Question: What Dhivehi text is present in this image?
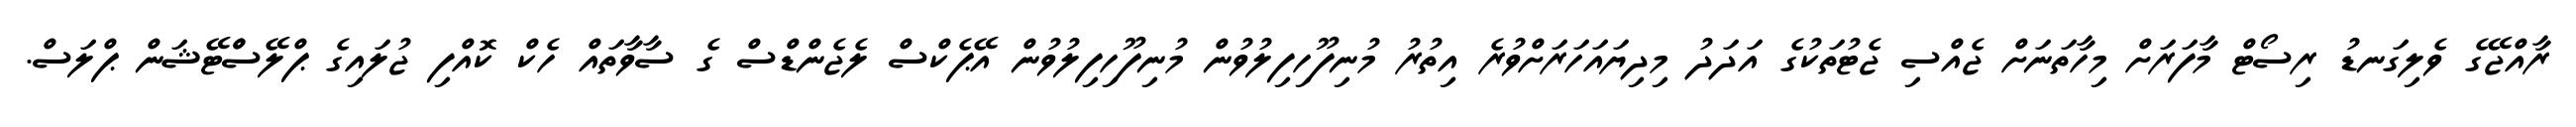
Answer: ރާއްޖޭގެ ވެލިގަނޑު ރިސޯޓް މާފަރަށް މިހާތަނަށް ޖެއްސި ޖެޓުތަކުގެ އަދަދު މިދިޔައަހަރަށްވުރެ އިތުރު މުނިފޫހިފިލުވުން މުނިފޫހިފިލުވުން އޭޕެކްސް ލެޖެންޑްސް ގެ ސާވާތައް ހެކް ކޮއްފި ޖުލައިގެ ޕްލޭސްްޓޭޝަން ޕްލަސް.